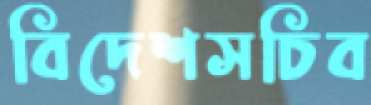
বিদেশসচিব